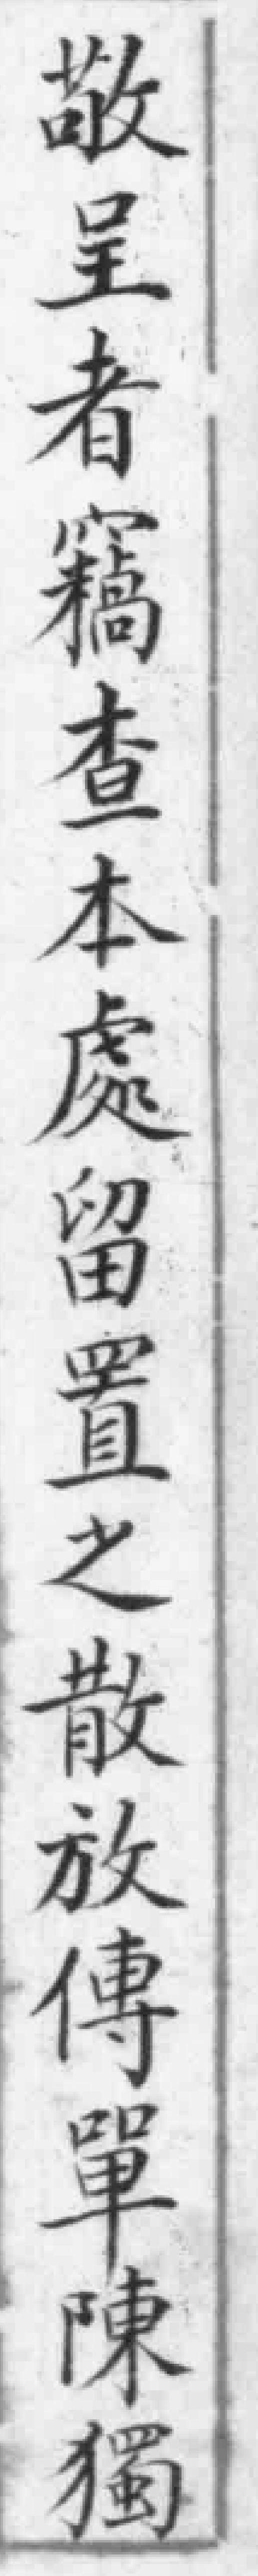
敬呈者竊查本處留置之散放傳單陳獨